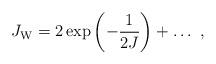
LaTeX: \begin{align*}J_{\rm W} = 2\exp\left(-{1\over 2J}\right) + \ldots~,\end{align*}